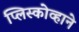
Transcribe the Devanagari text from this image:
प्लिस्कोव्हाने